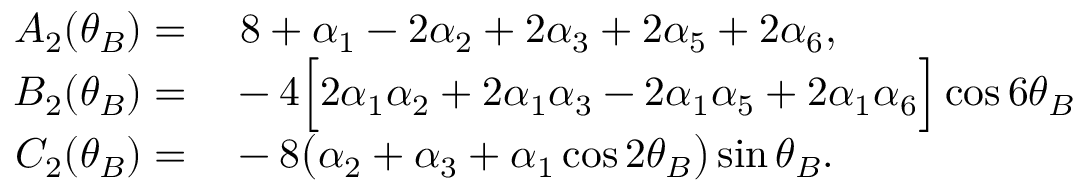
\begin{array} { r l } { \quad A _ { 2 } ( \theta _ { B } ) = } & { { } \; 8 + \alpha _ { 1 } - 2 \alpha _ { 2 } + 2 \alpha _ { 3 } + 2 \alpha _ { 5 } + 2 \alpha _ { 6 } , } \\ { B _ { 2 } ( \theta _ { B } ) = } & { { } - 4 \Big [ 2 \alpha _ { 1 } \alpha _ { 2 } + 2 \alpha _ { 1 } \alpha _ { 3 } - 2 \alpha _ { 1 } \alpha _ { 5 } + 2 \alpha _ { 1 } \alpha _ { 6 } \Big ] \cos { 6 \theta _ { B } } } \\ { C _ { 2 } ( \theta _ { B } ) = } & { { } - 8 \big ( \alpha _ { 2 } + \alpha _ { 3 } + \alpha _ { 1 } \cos { 2 \theta _ { B } } \big ) \sin { \theta _ { B } } . } \end{array}